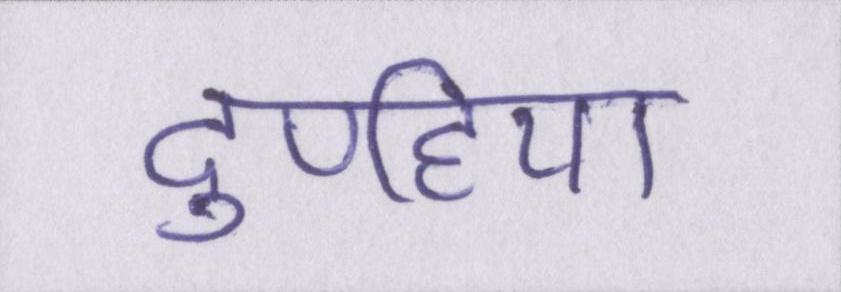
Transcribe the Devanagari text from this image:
दुपहिया